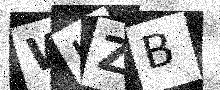
Text: WHZB